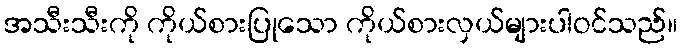
အသီးသီးကို ကိုယ်စားပြုသော ကိုယ်စားလှယ်များပါဝင်သည်။